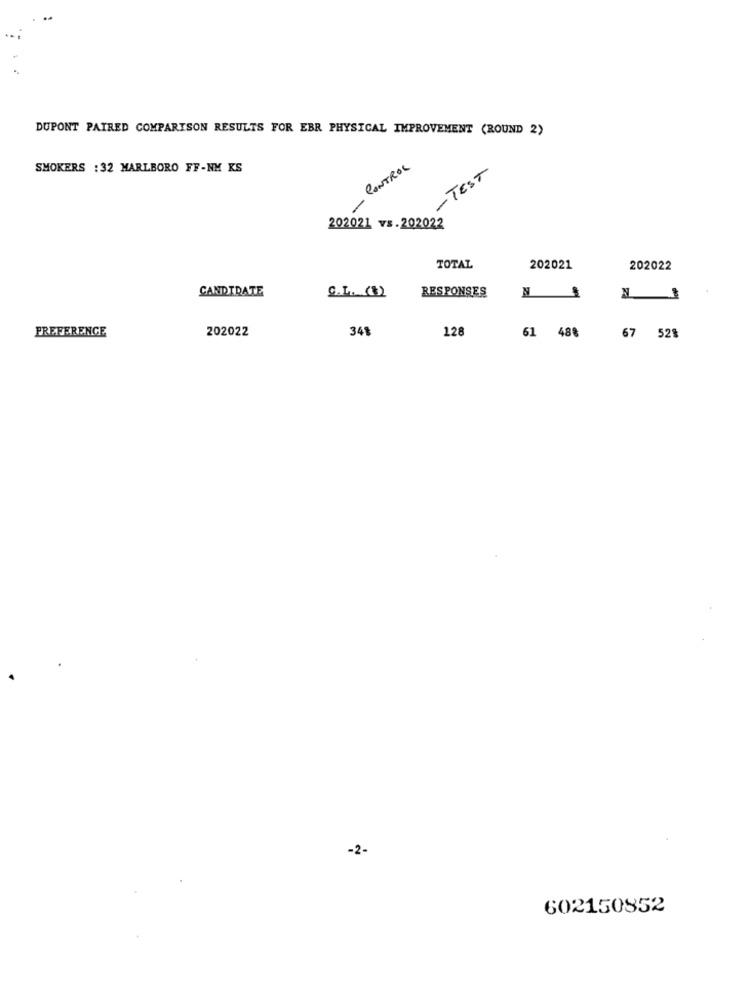
DUPONT PAIRED COMPARISON RESULTS FOR EBR PHYSICAL IMPROVEMENT (ROUND 2)
CONTROL
SMOKERS : 32 MARLBORO FF-NM KS
- TEST
-
202021 vs.202022
TOTAL
202021
202022
CANDIDATE
RESPONSES
C.L. (3)
FREFERENCE
202022
341
128
61 488
67 52%
-2.
602150852